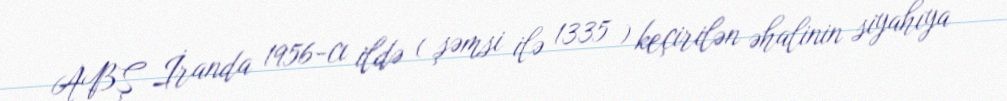
ABŞ İranda 1956-cı ildə ( şəmsi ilə 1335 ) keçirilən əhalinin siyahıya